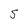
Character: s